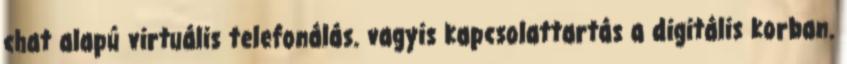
chat alapú virtuális telefonálás. vagyis kapcsolattartás a digitális korban.